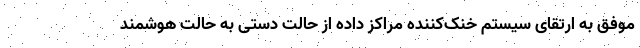
موفق به ارتقای سیستم خنک‌کننده مراکز داده از حالت دستی به حالت هوشمند